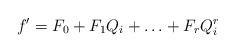
LaTeX: \begin{align*}f'=F_0+F_1Q_i+\ldots+F_rQ_i^r\end{align*}